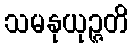
သမနုယုဉ္ဇတိ